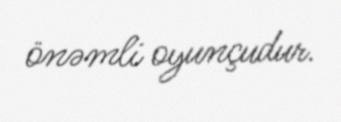
önəmli oyunçudur.